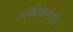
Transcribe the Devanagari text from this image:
अमेरिकनाची